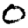
Digit: 0